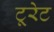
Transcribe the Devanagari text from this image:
टूरेट